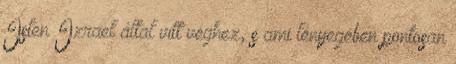
Isten Izrael által vitt véghez, s ami lényegében pontosan